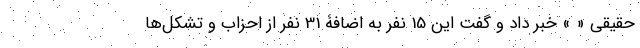
حقیقی « » خبر داد و گفت این 15 نفر به اضافۀ 31 نفر از احزاب و تشکل‌ها